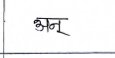
मजकूर: अनु